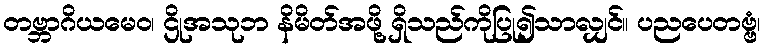
တဗ္ဘာဂိယမေဝ၊ ဌိုအသုဘ နိမိတ်အဖို့ ရှိသည်ကိုပြု၍သာလျှင်။ ပညပေတဗ္ဗံ၊